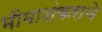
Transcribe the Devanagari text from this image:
भीमाशंकराचे